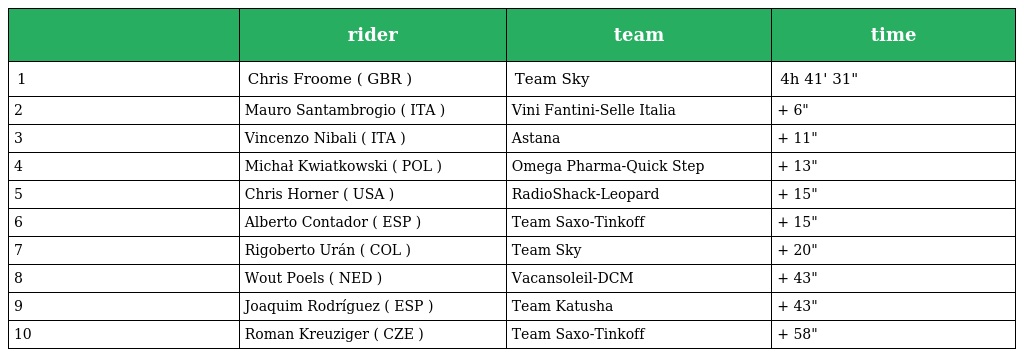
|  | rider | team | time |
 | --- | --- | --- | --- |
 | 1 | Chris Froome ( GBR ) | Team Sky | 4h 41' 31" |
 | 2 | Mauro Santambrogio ( ITA ) | Vini Fantini-Selle Italia | + 6" |
 | 3 | Vincenzo Nibali ( ITA ) | Astana | + 11" |
 | 4 | Michał Kwiatkowski ( POL ) | Omega Pharma-Quick Step | + 13" |
 | 5 | Chris Horner ( USA ) | RadioShack-Leopard | + 15" |
 | 6 | Alberto Contador ( ESP ) | Team Saxo-Tinkoff | + 15" |
 | 7 | Rigoberto Urán ( COL ) | Team Sky | + 20" |
 | 8 | Wout Poels ( NED ) | Vacansoleil-DCM | + 43" |
 | 9 | Joaquim Rodríguez ( ESP ) | Team Katusha | + 43" |
 | 10 | Roman Kreuziger ( CZE ) | Team Saxo-Tinkoff | + 58" |